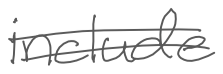
Text: include
Cross-out: double-line
Writing tool: digital_gray